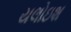
યલોઇશ